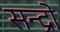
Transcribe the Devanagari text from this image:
सन्द्रो